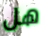
هل